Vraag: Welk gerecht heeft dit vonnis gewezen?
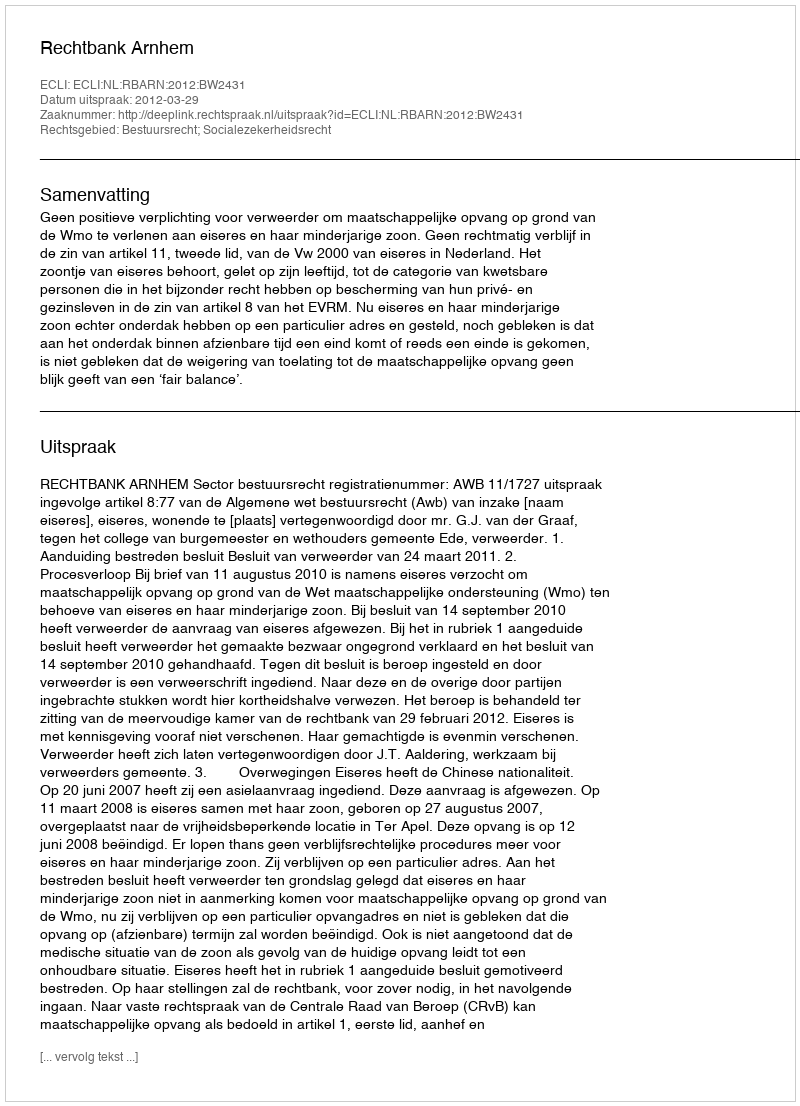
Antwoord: Rechtbank Arnhem